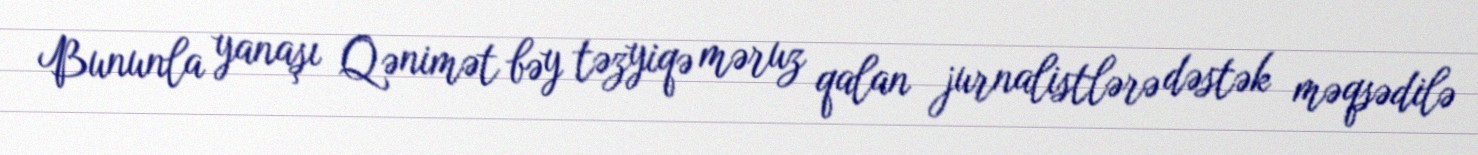
Bununla yanaşı Qənimət bəy təzyiqə məruz qalan jurnalistlərə dəstək məqsədilə